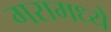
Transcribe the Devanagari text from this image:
गरामध्ये